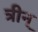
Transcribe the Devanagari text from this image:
त्रीन्